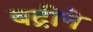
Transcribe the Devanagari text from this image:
बद्रीने